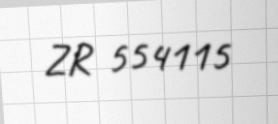
ZR 554115